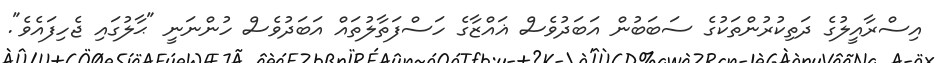
އިސްރާއީލުގެ ދަތިކުރުންތަކުގެ ސަބަބުން އަބަދުވެސް ޣައްޒާގެ ހަސްފަތާލުތައް އަބަދުވެސް ހުންނަނީ "ޙާލުގައި ޖެހިފައެވެ".